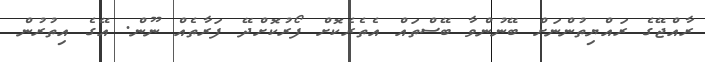
ރާއްޖޭގެ ރައްޔިތުންނަށް ބޭނުންވާ ބޭސްތައް އެތެރެކޮށް ފޯރުކޮށްދޭ ފަރާތެއް ނޫން. އޭގެ އިތުރުން